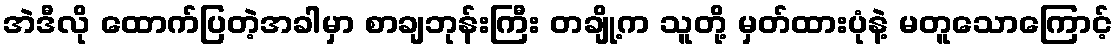
အဲဒီလို ထောက်ပြတဲ့အခါမှာ စာချဘုန်းကြီး တချို့က သူတို့ မှတ်ထားပုံနဲ့ မတူသောကြောင့်